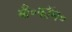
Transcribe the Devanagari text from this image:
बी॰कॉम॰